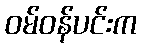
ဝမ်ဝန်ပင်းက